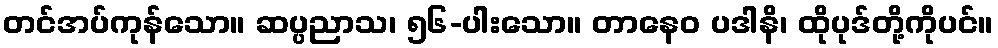
တင်အပ်ကုန်သော။ ဆပ္ပညာသ၊ ၅၆-ပါးသော။ တာနေဝ ပဒါနိ၊ ထိုပုဒ်တို့ကိုပင်။